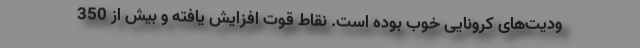
ودیت‌های کرونایی خوب بوده است. نقاط قوت افزایش یافته و بیش از 350